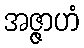
အဇ္ဇာဟံ